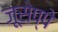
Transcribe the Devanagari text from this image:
जूसेप्पे